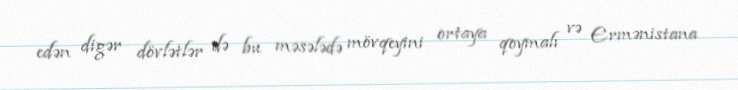
edən digər dövlətlər də bu məsələdə mövqeyini ortaya qoymalı və Ermənistana